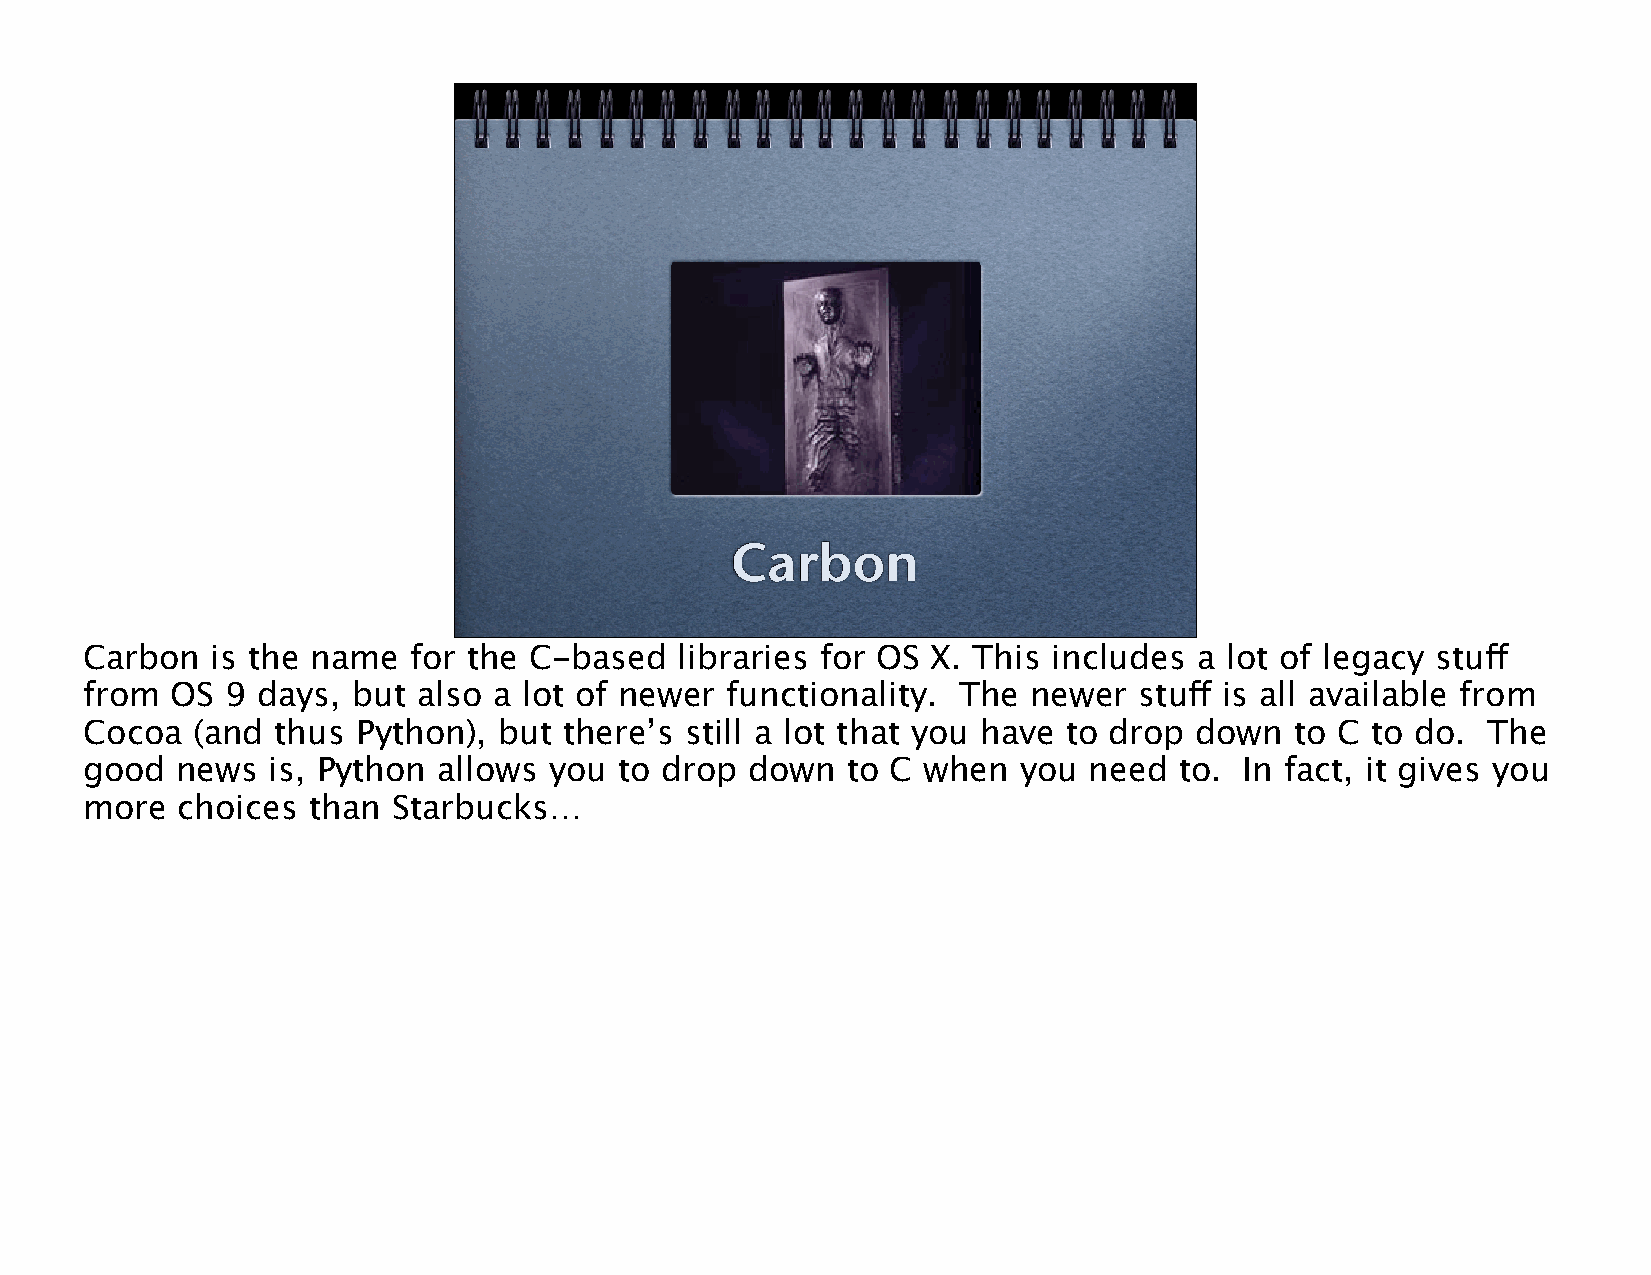
Carbon
 Carbon  is the name  for the C-based   libraries for OS X. This includes a lot of legacy stuff
 from OS  9 days, but  also a lot of newer functionality. The  newer  stuff is all available from
 Cocoa  (and thus  Python), but there’s still a lot that you have to drop down   to C to do. The
 good  news  is, Python allows you  to drop  down  to C when   you need  to. In fact, it gives you
 more  choices than  Starbucks…